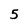
Character: 5